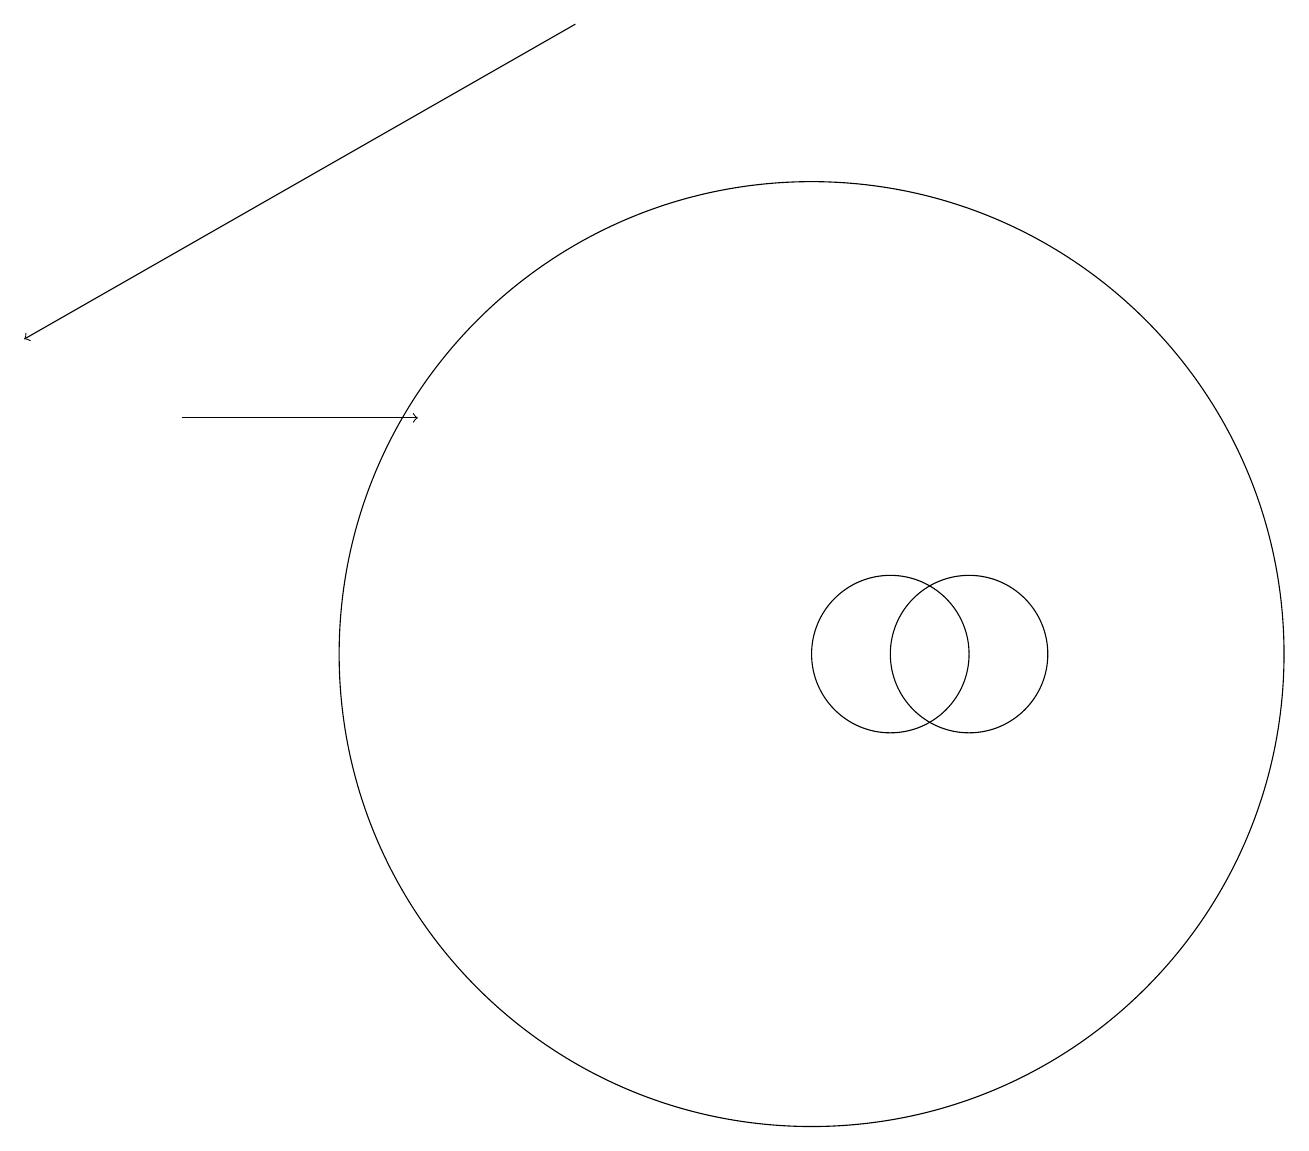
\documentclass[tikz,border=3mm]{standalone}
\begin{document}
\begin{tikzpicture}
\draw[->] (7,19) -- (0,15);
\draw (11,11) circle (1);
\draw (12,11) circle (1);
\draw (10,11) circle (6);
\draw[->] (2,14) -- (5,14);
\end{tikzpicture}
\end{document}